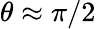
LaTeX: \theta\approx\pi/2